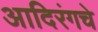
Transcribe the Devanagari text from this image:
आदिरंगचे